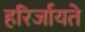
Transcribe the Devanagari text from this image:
हरिर्जायते